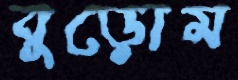
বুড়োম